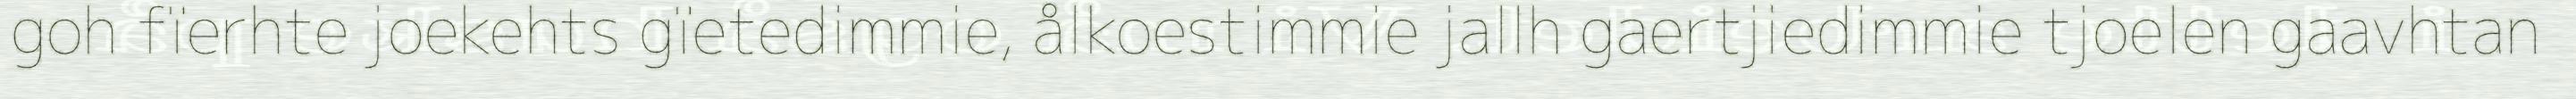
goh fïerhte joekehts gïetedimmie, ålkoestimmie jallh gaertjiedimmie tjoelen gaavhtan